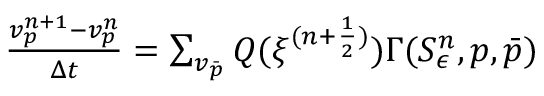
\begin{array} { r } { \frac { v _ { p } ^ { n + 1 } - v _ { p } ^ { n } } { \Delta t } = \sum _ { v _ { \bar { p } } } Q ( \xi ^ { ( n + \frac { 1 } { 2 } ) } ) \Gamma ( S _ { \epsilon } ^ { n } , p , \bar { p } ) } \end{array}